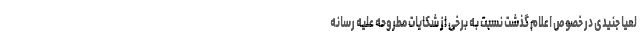
لعیا جنیدی در خصوص اعلام گذشت نسبت به برخی از شکایات مطروحه علیه رسانه